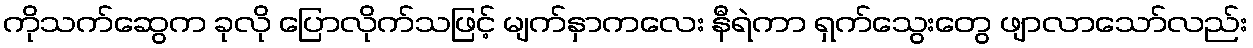
ကိုသက်ဆွေက ခုလို ပြောလိုက်သဖြင့် မျက်နှာကလေး နီရဲကာ ရှက်သွေးတွေ ဖျာလာသော်လည်း